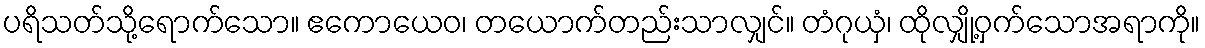
ပရိသတ်သို့ရောက်သော။ ဧကောယေဝ၊ တယောက်တည်းသာလျှင်။ တံဂုယှံ၊ ထိုလျှို့ဝှက်သောအရာကို။